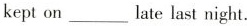
kept on___late last night.